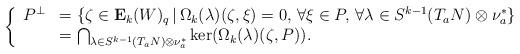
LaTeX: \begin{align*}\left\{\begin{array}{ll}P^{\bot}&=\{\zeta\in\mathbf{E}_k(W)_q\, |\, \Omega_k(\lambda)(\zeta,\xi)=0,\, \forall \xi\in P,\, \forall\lambda\in S^{k-1}(T_aN)\otimes\nu_a^*\}\\&=\bigcap_{\lambda\in S^{k-1}(T_aN)\otimes\nu_a^*}\ker(\Omega_k(\lambda)(\zeta,P)).\\\end{array}\right.\end{align*}